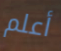
أعلم